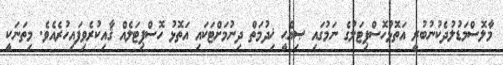
މާލޮސްމަޑުލުދެކުނުބުރީ އަތޮޅުހޮސްޕިޓަލުގެ ނަމުގައި ޞިއްޙީ ޚިދުމަތް ދިނުމަށްޓަކައި އަތޮޅު ހޮސްޕިޓަލެއް ޤާއިކުރެވިފައިހުރެއެވެ. މިތަނަކީ